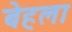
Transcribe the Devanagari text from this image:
बेहला